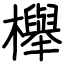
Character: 櫸